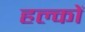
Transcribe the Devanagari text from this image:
हल्कों